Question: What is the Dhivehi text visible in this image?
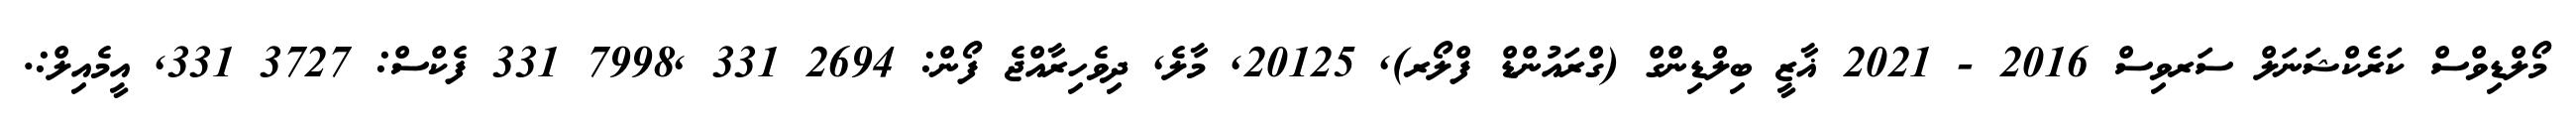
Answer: މޯލްޑިވްސް ކަރެކްޝަނަލް ސަރވިސް 2016 - 2021 ޣާޒީ ބިލްޑިންގް (ގްރައުންޑް ފްލޯރ), 20125, މާލެ, ދިވެހިރާއްޖެ ފޯން: 2694 331 ,7998 331 ފެކްސް: 3727 331, އީމެއިލް:.